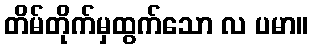
တိမ်တိုက်မှထွက်သော လ ပမာ။